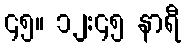
၄၅။ ၁၂:၄၅ နာရီ